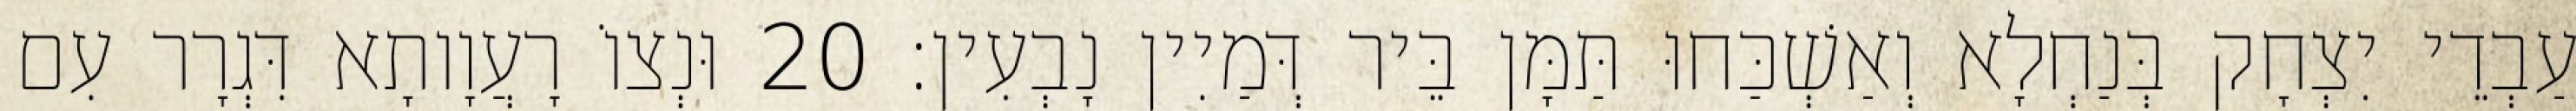
עַבְדֵי יִצְחָק בְּנַחְלָא וְאַשְׁכַּחוּ תַּמָּן בֵּיר דְּמַיִין נָבְעִין׃ 20 וּנְצוֹ רָעֲוָותָא דִּגְרָר עִם